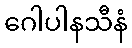
ဂေါပါနသီနံ